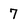
Character: 7